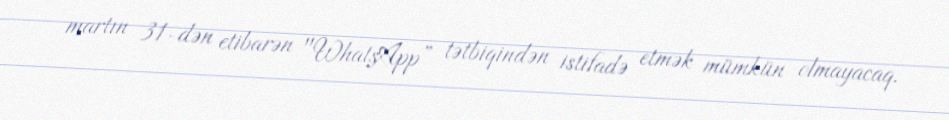
martın 31-dən etibarən "WhatsApp” tətbiqindən istifadə etmək mümkün olmayacaq.